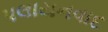
પલાયનવાદ